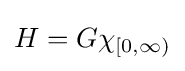
H=G\chi _{[0,\infty )}